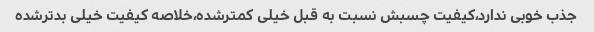
جذب خوبی ندارد،کیفیت چسبش نسبت به قبل خیلی کمترشده،خلاصه کیفیت خیلی بدترشده